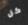
كل